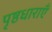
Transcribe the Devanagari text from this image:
पृष्ठधाराएँ